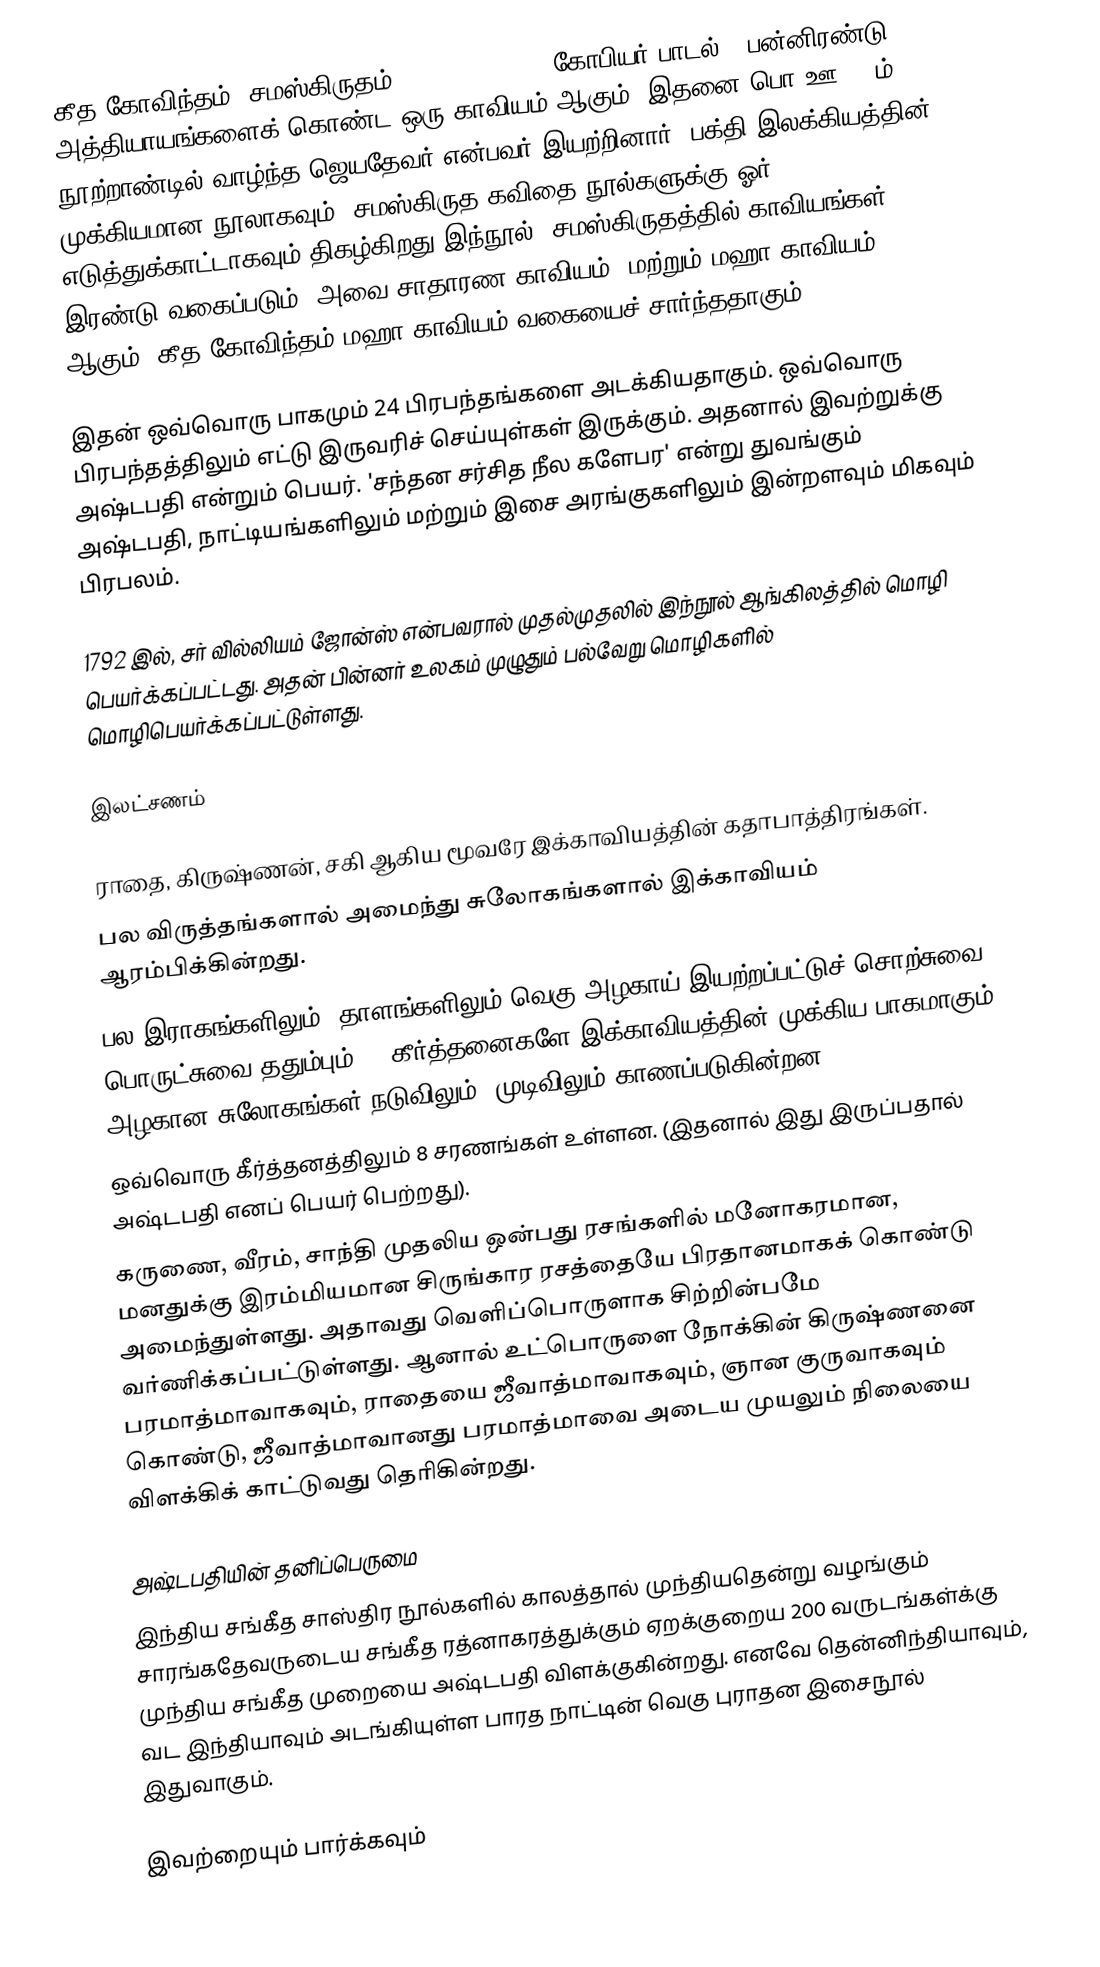
கீத கோவிந்தம் (சமஸ்கிருதம்: गीत गोविन्द) ("கோபியர் பாடல்") பன்னிரண்டு அத்தியாயங்களைக் கொண்ட ஒரு காவியம் ஆகும். இதனை பொ.ஊ. 12ம் நூற்றாண்டில் வாழ்ந்த ஜெயதேவர் என்பவர் இயற்றினார். பக்தி இலக்கியத்தின் முக்கியமான நூலாகவும், சமஸ்கிருத கவிதை நூல்களுக்கு ஓர் எடுத்துக்காட்டாகவும் திகழ்கிறது இந்நூல். சமஸ்கிருதத்தில் காவியங்கள் இரண்டு வகைப்படும். அவை சாதாரண காவியம், மற்றும் மஹா காவியம் ஆகும். கீத கோவிந்தம் மஹா காவியம் வகையைச் சார்ந்ததாகும்.

இதன் ஒவ்வொரு பாகமும் 24 பிரபந்தங்களை அடக்கியதாகும். ஒவ்வொரு பிரபந்தத்திலும் எட்டு இருவரிச் செய்யுள்கள் இருக்கும். அதனால் இவற்றுக்கு அஷ்டபதி என்றும் பெயர். 'சந்தன சர்சித நீல களேபர' என்று துவங்கும் அஷ்டபதி, நாட்டியங்களிலும் மற்றும் இசை அரங்குகளிலும் இன்றளவும் மிகவும் பிரபலம்.

1792 இல், சர் வில்லியம் ஜோன்ஸ் என்பவரால் முதல்முதலில் இந்நூல் ஆங்கிலத்தில் மொழி பெயர்க்கப்பட்டது. அதன் பின்னர் உலகம் முழுதும் பல்வேறு மொழிகளில் மொழிபெயர்க்கப்பட்டுள்ளது.

இலட்சணம்

 ராதை, கிருஷ்ணன், சகி ஆகிய மூவரே இக்காவியத்தின் கதாபாத்திரங்கள்.
 பல விருத்தங்களால் அமைந்து சுலோகங்களால் இக்காவியம் ஆரம்பிக்கின்றது.
 பல இராகங்களிலும், தாளங்களிலும் வெகு அழகாய் இயற்றப்பட்டுச் சொற்சுவை, பொருட்சுவை ததும்பும் 24 கீர்த்தனைகளே இக்காவியத்தின் முக்கிய பாகமாகும். அழகான சுலோகங்கள் நடுவிலும், முடிவிலும் காணப்படுகின்றன.
 ஒவ்வொரு கீர்த்தனத்திலும் 8 சரணங்கள் உள்ளன. (இதனால் இது இருப்பதால் அஷ்டபதி எனப் பெயர் பெற்றது).
 கருணை, வீரம், சாந்தி முதலிய ஒன்பது ரசங்களில் மனோகரமான, மனதுக்கு இரம்மியமான சிருங்கார ரசத்தையே பிரதானமாகக் கொண்டு அமைந்துள்ளது. அதாவது வெளிப்பொருளாக சிற்றின்பமே வர்ணிக்கப்பட்டுள்ளது. ஆனால் உட்பொருளை நோக்கின் கிருஷ்ணனை பரமாத்மாவாகவும், ராதையை ஜீவாத்மாவாகவும்,  ஞான குருவாகவும் கொண்டு, ஜீவாத்மாவானது பரமாத்மாவை அடைய முயலும் நிலையை விளக்கிக் காட்டுவது தெரிகின்றது.

அஷ்டபதியின் தனிப்பெருமை
இந்திய சங்கீத சாஸ்திர நூல்களில் காலத்தால் முந்தியதென்று வழங்கும் சாரங்கதேவருடைய சங்கீத ரத்னாகரத்துக்கும் ஏறக்குறைய 200 வருடங்கள்க்கு முந்திய சங்கீத முறையை அஷ்டபதி விளக்குகின்றது. எனவே தென்னிந்தியாவும், வட இந்தியாவும் அடங்கியுள்ள பாரத நாட்டின் வெகு புராதன இசைநூல் இதுவாகும்.

இவற்றையும் பார்க்கவும்